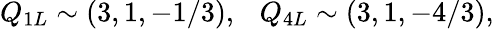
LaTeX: Q_{1L}\sim(3,1,-1/3),~~~Q_{4L}\sim(3,1,-4/3),